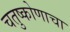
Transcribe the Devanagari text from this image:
चतुष्कोणाचा